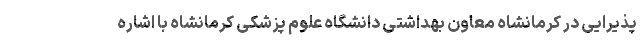
پذیرایی در کرمانشاه معاون بهداشتی دانشگاه علوم پزشکی کرمانشاه با اشاره